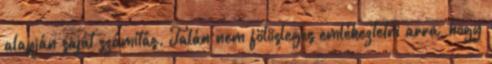
alapján saját számítás. Talán nem fölösleges emlékeztetni arra, hogy